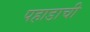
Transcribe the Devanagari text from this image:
पहाडाची